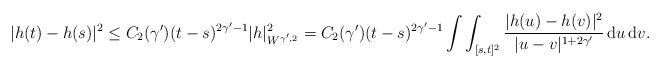
LaTeX: \begin{align*}|h(t)-h(s)|^{2} \leq C_{2}(\gamma^\prime)(t-s)^{2\gamma^\prime-1} |h|_{W^{\gamma^\prime,2}}^{2} = C_{2}(\gamma^{\prime})(t-s)^{2\gamma^\prime-1}\int\int_{[s,t]^2}\frac{|h(u)-h(v)|^2}{|u-v|^{1+2\gamma^\prime}} \, \mathrm{d}u \, \mathrm{d}v.\end{align*}